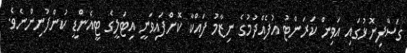
ގަސްފިނޮޅުގައި އަވިން ކަރަންޓު އުފެއްދުމުގެ ނިޒާމު ފައްކާ ކޮށްފައިވަނީ އިޓަލީގެ ޓީއެންޑީ ކުންފުނިންނެވެ.